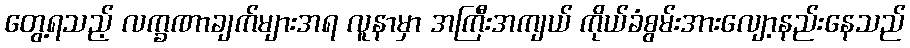
တွေ့ရသည့် လက္ခဏာချက်များအရ လူနာမှာ အကြီးအကျယ် ကိုယ်ခံစွမ်းအားလျော့နည်းနေသည်